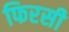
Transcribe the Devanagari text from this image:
फिरसी